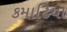
કમાઢિયા